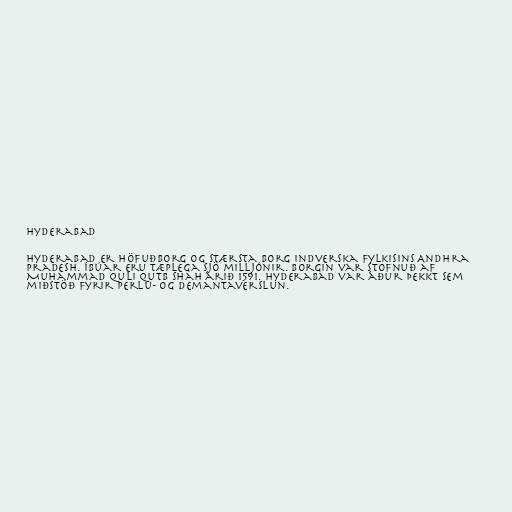
Hyderabad

Hyderabad er höfuðborg og stærsta borg indverska fylkisins Andhra
Pradesh. Íbúar eru tæplega sjö milljónir. Borgin var stofnuð af
Muhammad Quli Qutb Shah árið 1591. Hyderabad var áður þekkt sem
miðstöð fyrir perlu- og demantaverslun.